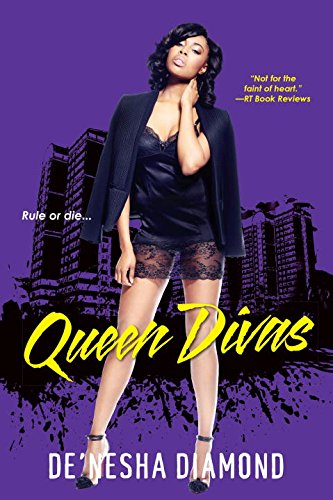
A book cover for Queen Divas; De'nesha Diamond; Literature & Fiction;